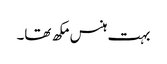
بہت ہنس مکھ تھا۔